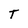
Character: T